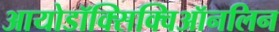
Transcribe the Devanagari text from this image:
आयोडॉक्सिक्विऑनलिन